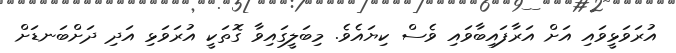
އުރަވަޅީވައި އަށް އަރާފައިބާވައި ވެސް ކިޔައެވެ. މިބަލީގައިވާ ގޮތަކީ އުރަވަޅި އަދި ދަށްބަނޑަށް